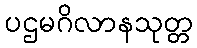
ပဌမဂိလာနသုတ္တ